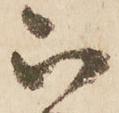
被